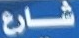
شارع